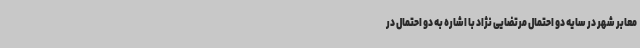
معابر شهر در سایه دو احتمال مرتضایی نژاد با اشاره به دو احتمال در